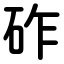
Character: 砟